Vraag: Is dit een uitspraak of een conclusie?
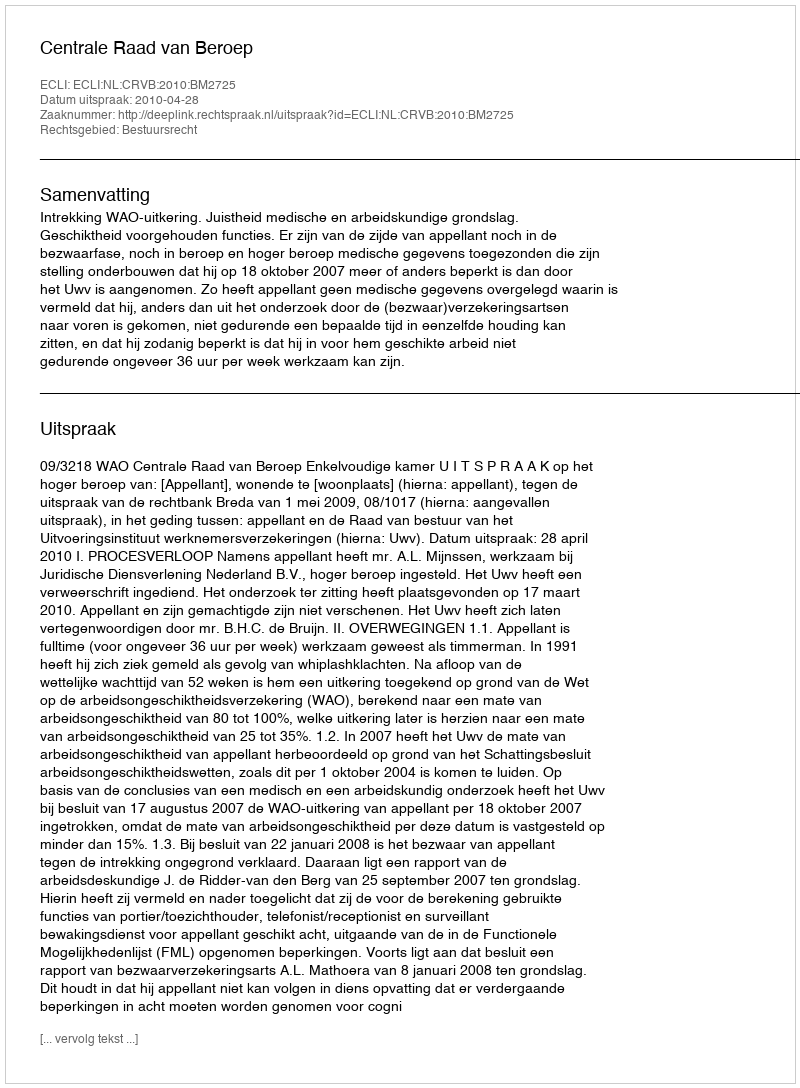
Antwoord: Uitspraak